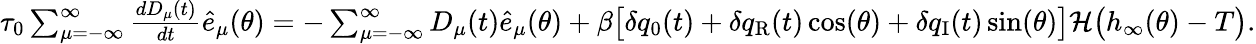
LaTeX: \begin{array}{r}{\tau_{0}\sum_{\mu=-\infty}^{\infty}\frac{dD_{\mu}(t)}{dt}{\hat{e}_{\mu}(\theta)}=-\sum_{\mu=-\infty}^{\infty}D_{\mu}(t)\hat{e}_{\mu}(\theta)+\beta\big[\delta q_{0}(t)+\delta q_{\mathrm{{R}}}(t)\cos(\theta)+\delta q_{\mathrm{{I}}}(t)\sin(\theta)\big]\mathcal{H}\big(h_{\infty}(\theta)-T\big).}\end{array}